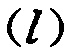
\((l)\)